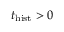
t _ { \mathrm { h i s t } } > 0